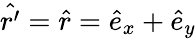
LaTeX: \hat{r^{\prime}}=\hat{r}=\hat{e}_{x}+\hat{e}_{y}